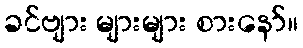
ခင်ဗျား များများ စားနော်။